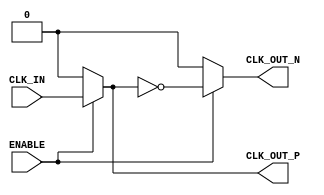
module diff_clock_buffer (
    input wire CLK_IN,     // Single-ended input clock
    input wire ENABLE,     // Control signal to enable/disable the buffer
    output wire CLK_OUT_P, // Positive differential clock output
    output wire CLK_OUT_N  // Negative differential clock output
);

    // Internal signal for buffered clock
    wire buffered_clk;

    // High-speed buffer instance for CLK_IN
    // This can be a dedicated buffer primitive depending on synthesis tool/library
    assign buffered_clk = (ENABLE) ? CLK_IN : 1'b0; // Buffering operation based on ENABLE

    // Inverter to generate CLK_OUT_N
    assign CLK_OUT_P = buffered_clk;            // Buffered clock output
    assign CLK_OUT_N = ENABLE ? ~buffered_clk : 1'b0; // Inverted output based on ENABLE

endmodule